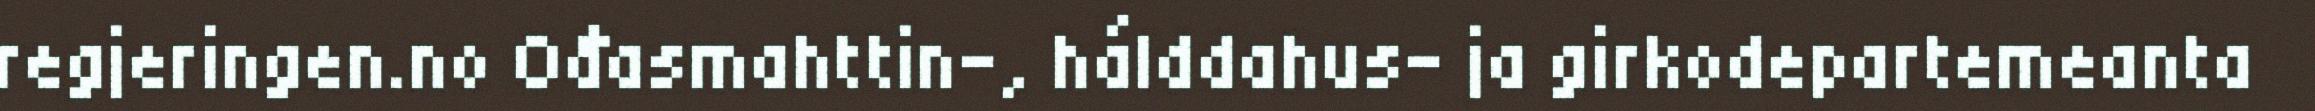
regjeringen.no Ođasmahttin-, hálddahus- ja girkodepartemeanta